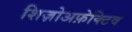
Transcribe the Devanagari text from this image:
शिज़ोअफ़ेक्टिव